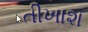
તીખાશ